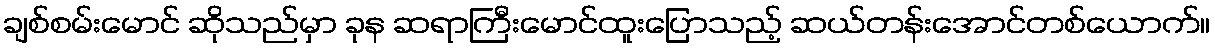
ချစ်စမ်းမောင် ဆိုသည်မှာ ခုန ဆရာကြီးမောင်ထူးပြောသည့် ဆယ်တန်းအောင်တစ်ယောက်။